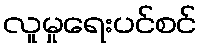
လူမှုရေးပင်စင်